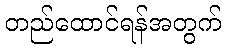
တည်ထောင်ရန်အတွက်